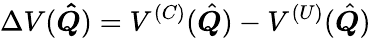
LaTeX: \Delta V(\boldsymbol{\hat{Q}})=V^{(C)}(\hat{\boldsymbol{Q}})-V^{(U)}(\hat{\boldsymbol{Q}})